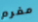
مغرم